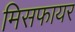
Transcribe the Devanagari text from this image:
मिसफायर